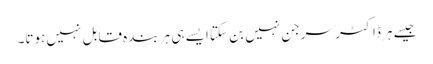
جیسے ہر ڈاکٹر سرجن نہیں بن سکتا ایسے ہی ہر بندہ قابل نہیں ہوتا۔